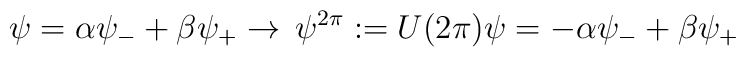
\psi =\alpha \psi _{-}+\beta \psi _{+}\rightarrow \,\psi ^{2\pi }:=U(2\pi)\psi =-\alpha \psi _{-}+\beta \psi _{+}